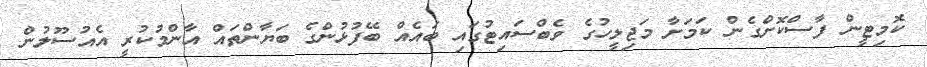
ކޮމިޓީން ފާސްކޮށްގެން ކަމަށާ މަޖިލީހުގެ ވެބްސައިޓުގައި ބައެއް ބޭފުޅުންގެ ބަޔާންތައް އާންމުކުރީ އެއުސޫލުން